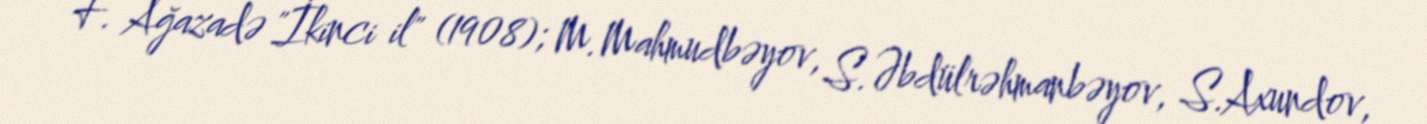
F. Ağazadə "İkinci il" (1908); M.Mahmudbəyov, S.Əbdülrəhmanbəyov, S.Axundov,